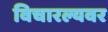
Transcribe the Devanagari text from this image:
विचारल्यवर